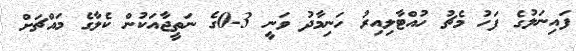
ފައިނަލުގެ ފަހު މެޗު ހުއްޓާލިއިރު ހަނިމާދު ވަނީ 3-0ގެ ނަތީޖާއަކުން ކެލާގެ މައްޗަށް